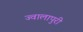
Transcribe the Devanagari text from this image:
ज्वालापुरी